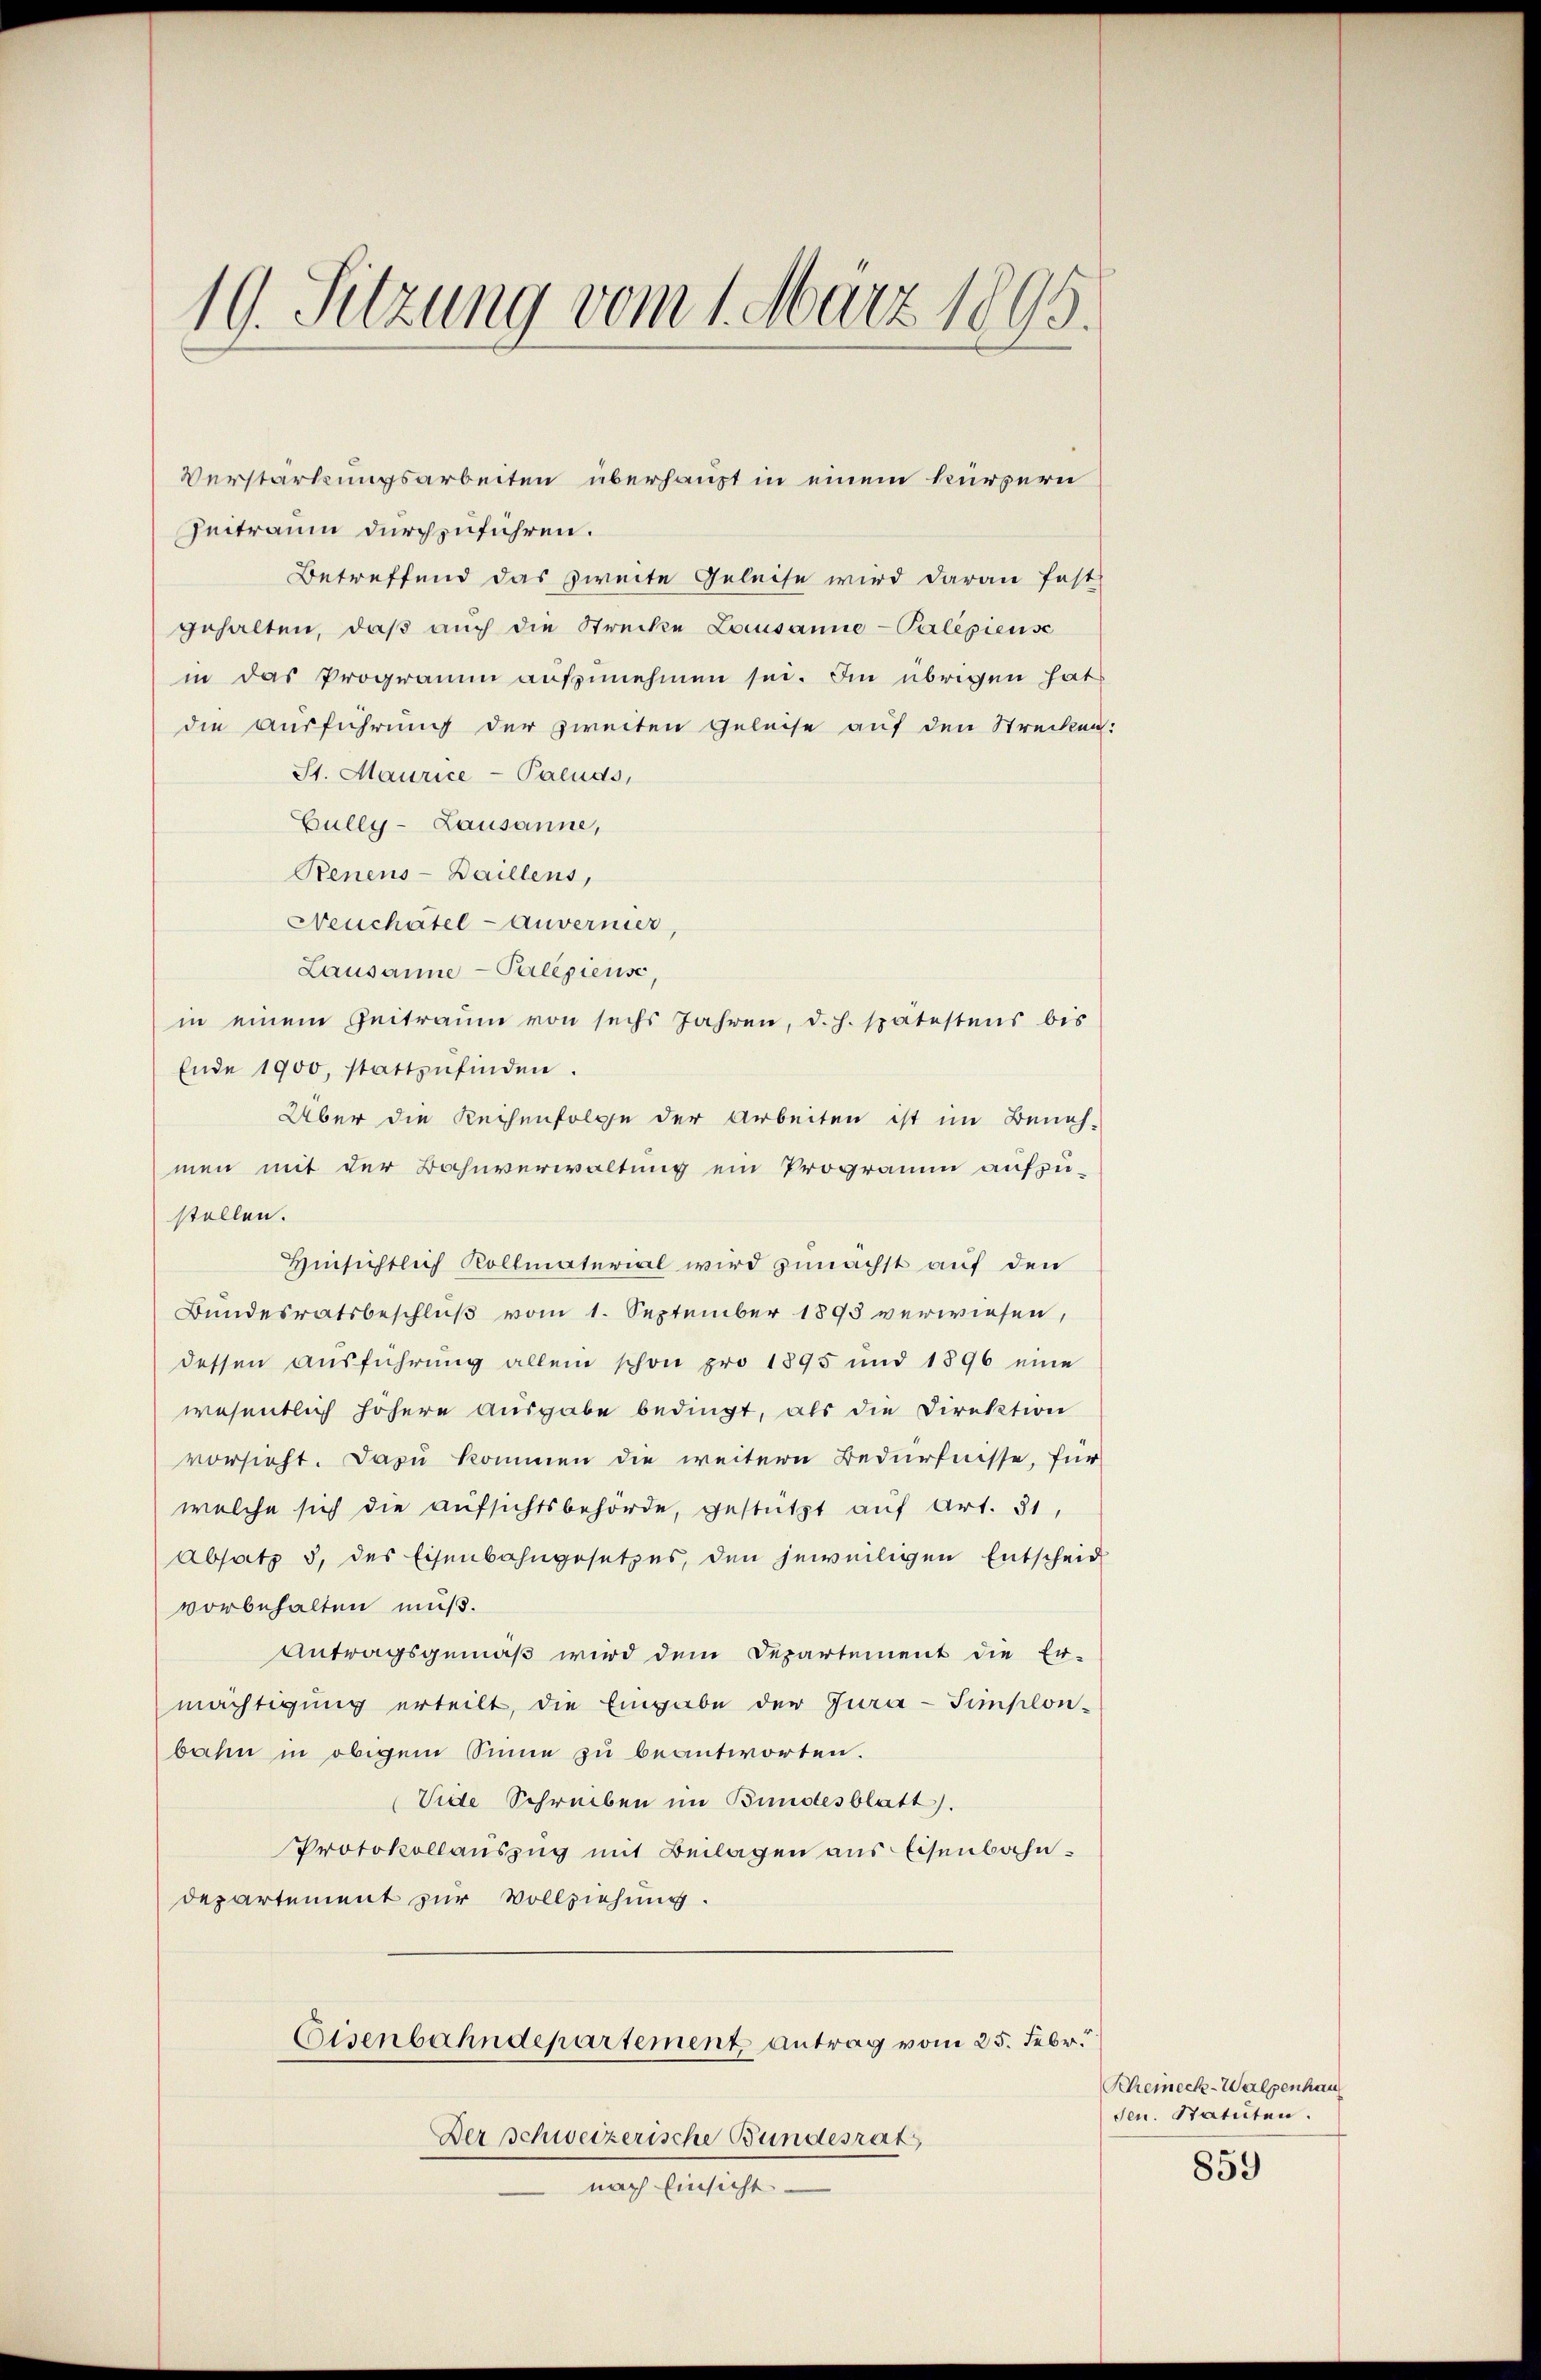
19. Sitzung vom 1. März 1895.

Zeitraum durchzuführen.
Betreffend das zweite Geleise wird daran fast
gehalten, daß auch die Strecke Lausanne-Palépiensc
in das Programm aufzunehmen sei. Im übrigen hat
die Ausführung der zweiten Geleise auf den Strecken:
St. Maurice-Paluds,
Gullg- Lausanne,
Benens-Daillens,
Neuchatel Anverner,
Lausanne - Palepieuse,
in einem Zeitraum von sechs Jahren, d. h. spätestens bis
Ende 1900, stattzufinden.
Über die Reihenfolge der Arbeiten ist im Beneh-
men mit der Bahnverwaltung ein Programm aufzustellen.
Hinsichtlich Kollmaterial wird zunächst auf den
Bundesratsbeschluß vom 1. September 1893 verwiesen,
dessen Ausführung allein schon pro 1895 und 1896 eine
wesentlich höhere Ausgabe bedingt, als die Direktion
vorsieht. Dazu kommen die weitere Bedürfnisse, für
welche sich die aufsichtsbehörde, gestützt auf Art. 31,
Absatz 5, des Eisenbahngesetzes, den jeweiligen Entscheid
vorbehalten muß.
Antragsgemäß wird dem Departement die Er-
mächtigung erteilt, die Eingabe der Gura-Simplon-
bahn in obigem Sinne zu beantworten.
Vide Schreiben im Bundesblatt).
Protokollauszug mit Beilagen aus Eisenbahndepartement zur Vollziehung.
Eisenbahndepartement antrag vom 25. Febr.
Der Schweizerische Bundesrat
nach Einsicht

Verstärkungsarbeiten überhaupt in einem kürzern

Scheineck-Walpenhau
den. Statuten.
859